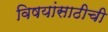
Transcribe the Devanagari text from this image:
विषयांसाठीची